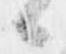
候